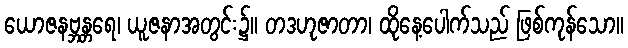
ယောဇနဗ္ဘန္တရေ၊ ယူဇနာအတွင်း၌။ တဒဟုဇာတာ၊ ထိုနေ့ပေါက်သည် ဖြစ်ကုန်သော။